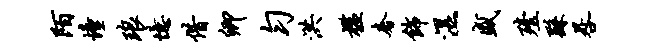
陌憧琅忆借卿匀洪槛奢饰湿盛殪繇晷